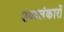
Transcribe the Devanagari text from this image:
शब्दलंकारों